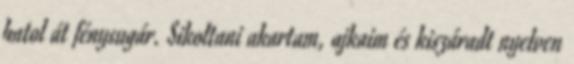
hatol át fénysugár. Sikoltani akartam, ajkaim és kiszáradt nyelven